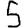
Digit: 5